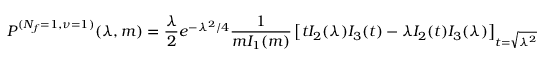
P ^ { ( N _ { f } = 1 , \nu = 1 ) } ( \lambda , m ) = \frac { \lambda } { 2 } e ^ { - \lambda ^ { 2 } / 4 } \frac { 1 } { m I _ { 1 } ( m ) } \left[ t I _ { 2 } ( \lambda ) I _ { 3 } ( t ) - \lambda I _ { 2 } ( t ) I _ { 3 } ( \lambda ) \right] _ { t = \sqrt { \lambda ^ { 2 } + m ^ { 2 } } } \: .